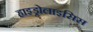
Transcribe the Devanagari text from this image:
हाइड्रोलाइसिस